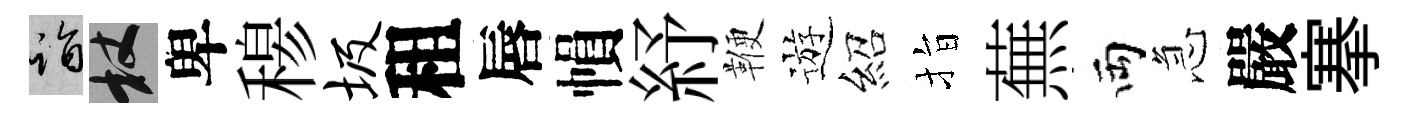
诣杖卑𥠇圾租唇𢄙紓鞭遊紹指蕪両急嚴搴